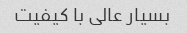
بسیار عالی با کیفیت